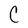
Character: C